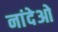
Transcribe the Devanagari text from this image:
नांदेओ